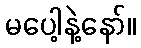
မပေါ့နဲ့နော်။